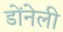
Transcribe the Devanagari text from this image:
डोंनेली